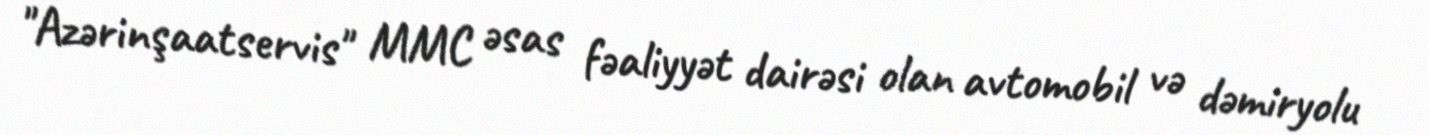
"Azərinşaatservis" MMC əsas fəaliyyət dairəsi olan avtomobil və dəmiryolu